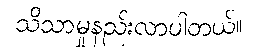
သိသာမှုနည်းလာပါတယ်။